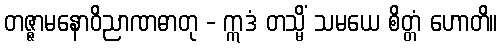
တဇ္ဇာမနောဝိညာဏဓာတု - ဣဒံ တသ္မိံ သမယေ စိတ္တံ ဟောတိ။